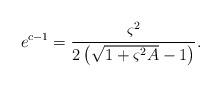
LaTeX: \begin{align*}{e^{c-1}} = \frac{{{\varsigma ^2}}}{{2\left( {\sqrt {1 + {\varsigma ^2}A} - 1} \right)}}.\end{align*}